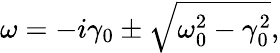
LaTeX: \omega=-i\gamma_{0}\pm\sqrt{\omega_{0}^{2}-\gamma_{0}^{2}},